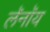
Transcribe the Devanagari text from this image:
लॅनॉय